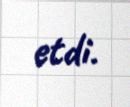
etdi.